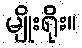
မျိုးရိုး။